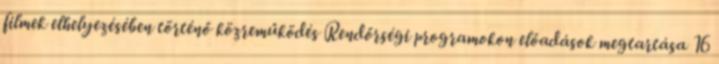
filmek elhelyezésében történő közreműködés Rendőrségi programokon előadások megtartása 16